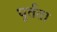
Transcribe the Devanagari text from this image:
घूर्तता